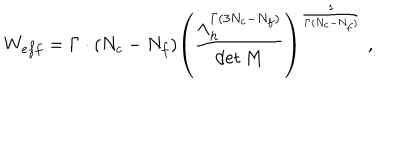
W _ { e f f } = \Gamma \cdot ( N _ { c } - N _ { f } ) \left( \frac { \Lambda _ { h } ^ { \Gamma ( 3 N _ { c } - N _ { f } ) } } { \det M } \right) ^ { \frac { 1 } { \Gamma ( N _ { c } - N _ { f } ) } } \; ,